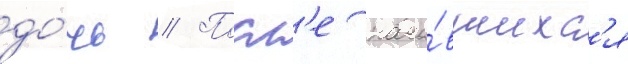
до́чь // Посл'е нача́вшихс'я